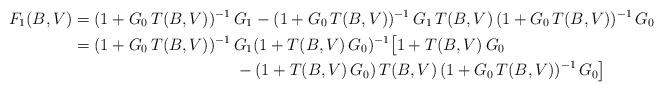
LaTeX: \begin{align*} F_1(B,V) & = (1+G_0\, T(B,V))^{-1}\, G_1 -(1+ G_0 \, T(B,V) )^{-1}\, G_1\, T(B,V)\, (1+G_0\, T(B,V))^{-1} \, G_0 \\& = (1+G_0\, T(B,V))^{-1}\, G_1(1+ T(B,V)\, G_0)^{-1} \big [1+T(B,V)\, G_0 \\& \qquad\qquad\qquad\qquad\qquad- (1+ T(B,V)\, G_0)\, T(B,V)\, (1+G_0\, T(B,V))^{-1} \, G_0 \big]\end{align*}